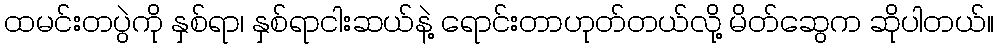
ထမင်းတပွဲကို နှစ်ရာ၊ နှစ်ရာငါးဆယ်နဲ့ ရောင်းတာဟုတ်တယ်လို့ မိတ်ဆွေက ဆိုပါတယ်။